Vaccination in the Punjab 1883-1896 - 1883-1896
Year: 1883
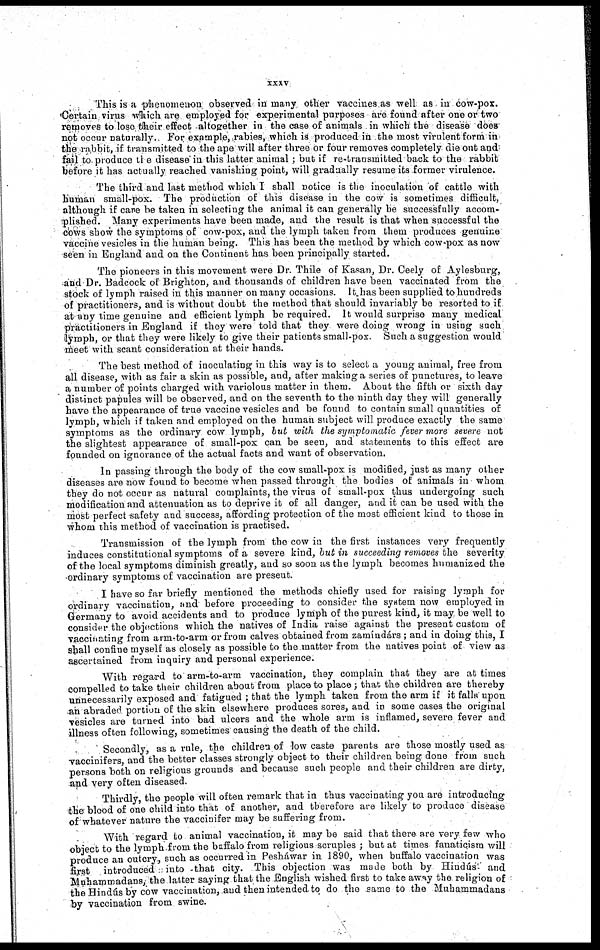
xxxv
This is a phenomenon observed in many other vaccines as well as in cow-pox.
Certain virus which are employed for experimental purposes are found after one or two
removes to lose their effect altogether in the case of animals in which the disease does
not occur naturally. For example, rabies, which is produced in the most virulent form in
the rabbit, if transmitted to the ape will after three or four removes completely die out and
fail to produce the disease in this latter animal ; but if re-transmitted back to the rabbit
before it has actually reached vanishing point, will gradually resume its former virulence.
The third and last method which I shall notice is the inoculation of cattle with
human small-pox. The production of this disease in the cow is sometimes difficult,
although if care be taken in selecting the animal it can generally be successfully accom-
plished. Many experiments have been made, and the result is that when successful the
cows show the symptoms of cow-pox, and the lymph taken from them produces genuine
vaccine vesicles in the human being. This has been the method by which cow-pox as now
seen in England and on the Continent has been principally started.
The pioneers in this movement were Dr. Thile of Kasan, Dr. Ceely of Aylesburg,
and Dr. Badcock of Brighton, and thousands of children have been vaccinated from the
stock of lymph raised in this manner on many occasions. It has been supplied to hundreds
of practitioners, and is without doubt the method that should invariably be resorted to if
at any time genuine and efficient lymph be required. It would surprise many medical
practitioners in England if they were told that they were doing wrong in using such
lymph, or that they were likely to give their patients small-pox. Such a suggestion would
meet with scant consideration at their hands.
The best method of inoculating in this way is to select a young animal, free from
all disease, with as fair a skin as possible, and, after making a series of punctures, to leave
a number of points charged with variolous matter in them. About the fifth or sixth day
distinct papules will be observed, and on the seventh to the ninth day they will generally
have the appearance of true vaccine vesicles and be found to contain small quantities of
lymph, which if taken and employed on the human subject will produce exactly the same
symptoms as the ordinary cow lymph, but with the symptomatic fever more severe not
the slightest appearance of small-pox can be seen, and statements to this effect are
founded on ignorance of the actual facts and want of observation.
In passing through the body of the cow small-pox is modified, just as many other
diseases are now found to become when passed through the bodies of animals in whom
they do not occur as natural complaints, the virus of small-pox thus undergoing such
modification and attenuation as to deprive it of all danger, and it can be used with the
most perfect safety and success, affording protection of the most efficient kind to those in
whom this method of vaccination is practised.
Transmission of the lymph from the cow in the first instances very frequently
induces constitutional symptoms of a severe kind, but in succeeding removes the severity
of the local symptoms diminish greatly, and so soon as the lymph becomes humanized the
ordinary symptoms of vaccination are preseut.
I have so far briefly mentioned the methods chiefly used for raising lymph for
ordinary vaccination, and before proceeding to consider the system now employed in
Germany to avoid accidents and to produce lymph of the purest kind, it may be well to
consider the objections which the natives of India raise against the present custom of
vaccinating from arm-to-arm or from calves obtained from zamíndárs ; and in doing this, I
shall confine myself as closely as possible to the matter from the natives point of view as
ascertained from inquiry and personal experience.
With regard to arm-to-arm vaccination, they complain that they are at times
compelled to take their children about from place to place; that the children are thereby
unnecessarily exposed and fatigued ; that the lymph taken from the arm if it falls upon
an abraded portion of the skin elsewhere produces sores, and in some cases the original
vesicles are turned into bad ulcers and the whole arm is inflamed, severe fever and
illness often following, sometimes causing the death of the child.
Secondly, as a rule, the children of low caste parents are those mostly used as
vaccinifers, and the better classes strongly object to their children being done from such
persons both on religious grounds and because such people and their children are dirty,
and very often diseased.
Thirdly, the people will often remark that in thus vaccinating you are introducing
the blood of one child into that of another, and therefore are likely to produce disease
of whatever nature the vaccinifer may be suffering from.
With regard to animal vaccination, it may be said that there are very few who
object to the lymph from the baffalo from religious scruples ; but at times fanaticism will
produce an outcry, such as occurred in Pesháawar in 1890, when buffalo vaccination was
first
introduced into that city. This objection was made both by Hindúus and
Muhammadans, the latter saying that the English wished first to take away the religion of
the Hindúus by cow vaccination, and then intended, to do the same to the Muhammadans
by vaccination from swine.